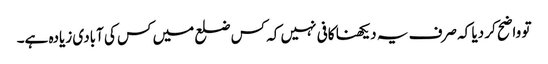
تو واضح کر دیا کہ صرف یہ دیکھنا کافی نہیں کہ کس ضلع میں کس کی آبادی زیادہ ہے۔